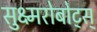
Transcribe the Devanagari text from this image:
सुक्ष्मरोबोट्स्